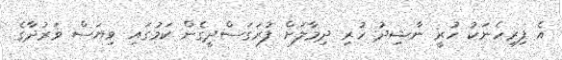
އެ ފިރިހެނަކު ހުރީ ނާޝިދު ހުރި ދިމާލަށް ފުރަގަސްދީގެން ކަމުގައި ވިޔަސް ވަރުދާގެ